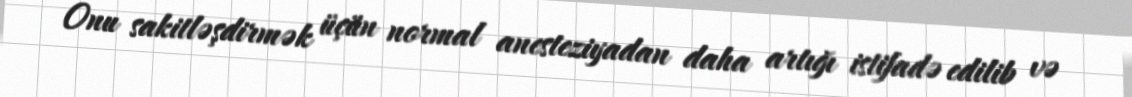
Onu sakitləşdirmək üçün normal anesteziyadan daha artığı istifadə edilib və